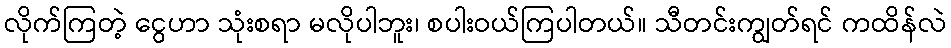
လိုက်ကြတဲ့ ငွေဟာ သုံးစရာ မလိုပါဘူး၊ စပါးဝယ်ကြပါတယ်။ သီတင်းကျွတ်ရင် ကထိန်လဲ